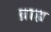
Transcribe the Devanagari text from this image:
ब्राह्य